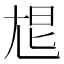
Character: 㞁